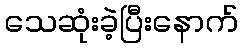
သေဆုံးခဲ့ပြီးနောက်